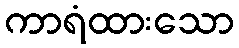
ကာရံထားသော